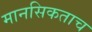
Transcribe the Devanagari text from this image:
मानसिकताच